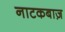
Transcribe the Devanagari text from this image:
नाटकबाज़